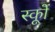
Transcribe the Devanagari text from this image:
स्कूों